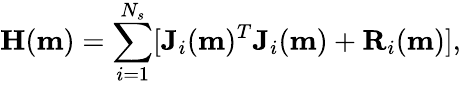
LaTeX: \mathbf{H}(\mathbf{m})=\sum_{i=1}^{N_{s}}[\mathbf{J}_{i}(\mathbf{m})^{T}\mathbf{J}_{i}(\mathbf{m})+\mathbf{R}_{i}(\mathbf{m})],